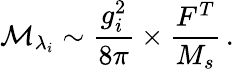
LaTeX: \mathcal{M}_{\lambda_{i}}\sim\frac{{g_{i}^{2}}}{{8\pi}}\times\frac{{F^{T}}}{{M_{s}}}\, .